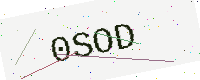
Text: 0SOD